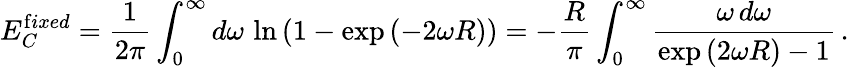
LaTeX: E_{C}^{{\mathrm{f}ixed}}=\frac{1}{2\pi}\int_{0}^{\infty}d\omega\, \ln\left(1-\exp{(-2\omega R)}\right)=-\frac{R}{\pi}\int_{0}^{\infty}\frac{\omega\, d\omega}{\exp{(2\omega R)}-1}\, {.}